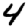
Digit: 4